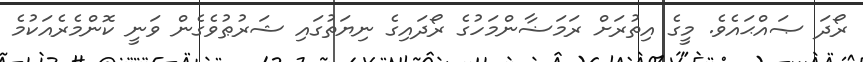
ރޯދަ ޞައްޙައެވެ. މީގެ އިތުރަށް ރަމަޟާންމަހުގެ ރޯދައިގެ ނިޔަތުގައި ޝަރުޠުވެގެން ވަނީ ކޮންމެރެއަކުމެ